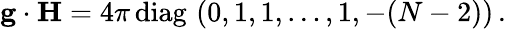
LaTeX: {\mathbf g}\cdot{\mathbf H}={4\pi}\, \mathrm{diag}\, \, (0,1,1,\dots,1,-(N-2))\, .